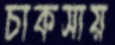
চাকসায়